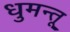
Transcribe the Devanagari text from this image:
धुमन्तू